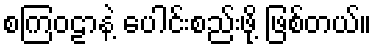
စကြဝဠာနဲ့ ပေါင်းစည်းဖို့ ဖြစ်တယ်။